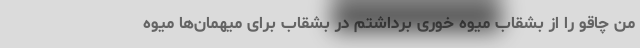
من چاقو را از بشقاب میوه خوری برداشتم در بشقاب برای میهمان‌ها میوه